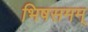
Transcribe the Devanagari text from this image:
भिषसमम्